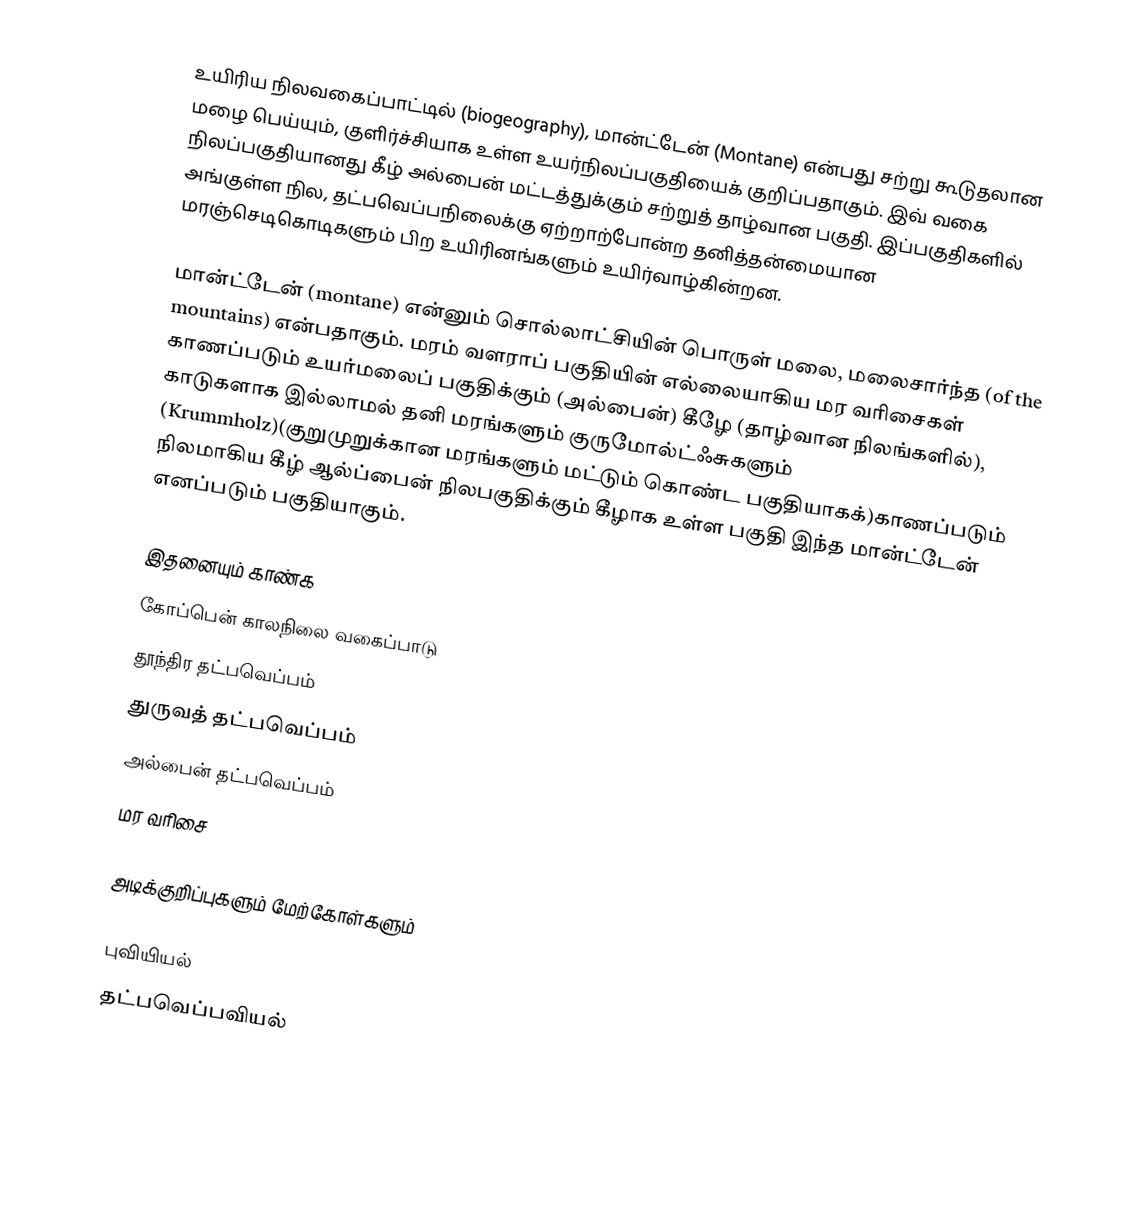
உயிரிய நிலவகைப்பாட்டில் (biogeography), மான்ட்டேன் (Montane) என்பது சற்று கூடுதலான மழை பெய்யும், குளிர்ச்சியாக உள்ள உயர்நிலப்பகுதியைக் குறிப்பதாகும். இவ் வகை நிலப்பகுதியானது கீழ் அல்பைன் மட்டத்துக்கும் சற்றுத் தாழ்வான பகுதி. இப்பகுதிகளில் அங்குள்ள நில, தட்பவெப்பநிலைக்கு ஏற்றாற்போன்ற தனித்தன்மையான மரஞ்செடிகொடிகளும் பிற உயிரினங்களும் உயிர்வாழ்கின்றன.

மான்ட்டேன் (montane) என்னும் சொல்லாட்சியின் பொருள் மலை, மலைசார்ந்த (of the mountains) என்பதாகும். மரம் வளராப் பகுதியின் எல்லையாகிய மர வரிசைகள் காணப்படும் உயர்மலைப் பகுதிக்கும் (அல்பைன்) கீழே (தாழ்வான நிலங்களில்), காடுகளாக இல்லாமல் தனி மரங்களும் குருமோல்ட்ஃசுகளும் (Krummholz)(குறுமுறுக்கான மரங்களும் மட்டும் கொண்ட பகுதியாகக்)காணப்படும் நிலமாகிய கீழ் ஆல்ப்பைன் நிலபகுதிக்கும் கீழாக உள்ள பகுதி இந்த மான்ட்டேன் எனப்படும் பகுதியாகும்.

இதனையும் காண்க
 கோப்பென் காலநிலை வகைப்பாடு
  தூந்திர தட்பவெப்பம்
 துருவத் தட்பவெப்பம்
 அல்பைன் தட்பவெப்பம்
 மர வரிசை

அடிக்குறிப்புகளும் மேற்கோள்களும்

புவியியல்
தட்பவெப்பவியல்